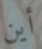
أين